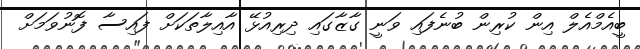
ބީއެމްއެލް އިން ކުރިން ބުނެފައި ވަނީ ގާޒާގައި ދިރިއުޅޭ އާއިލާތަކަށް ފައިސާ ފޮނުވަމަށް